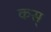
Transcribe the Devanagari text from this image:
कस्